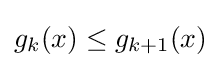
g_{k}(x)\leq g_{k+1}(x)